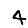
Digit: 4